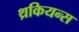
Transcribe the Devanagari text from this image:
थ्रकियन्स